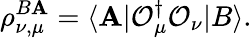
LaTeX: \rho_{\nu,\mu}^{B\mathbf{A}}=\langle\mathbf{A}|\mathcal{{O}}_{\mu}^{\dagger}\mathcal{{O}}_{\nu}|B\rangle.